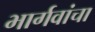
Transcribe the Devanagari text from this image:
भार्गवांचा